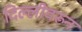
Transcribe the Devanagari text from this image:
दिल्लीवरून